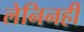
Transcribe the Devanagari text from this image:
लेनिनही